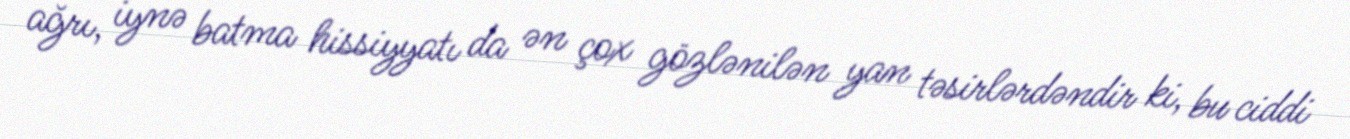
ağrı, iynə batma hissiyyatı da ən çox gözlənilən yan təsirlərdəndir ki, bu ciddi